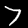
Digit: 7